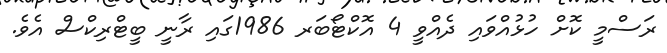
ރަސްމީ ކޮށް ހުޅުއްވައި ދެއްވީ 4 އޮކްޓޯބަރ 1986ގައި ރާނީ ބީޓްރިކްސް އެވެ.